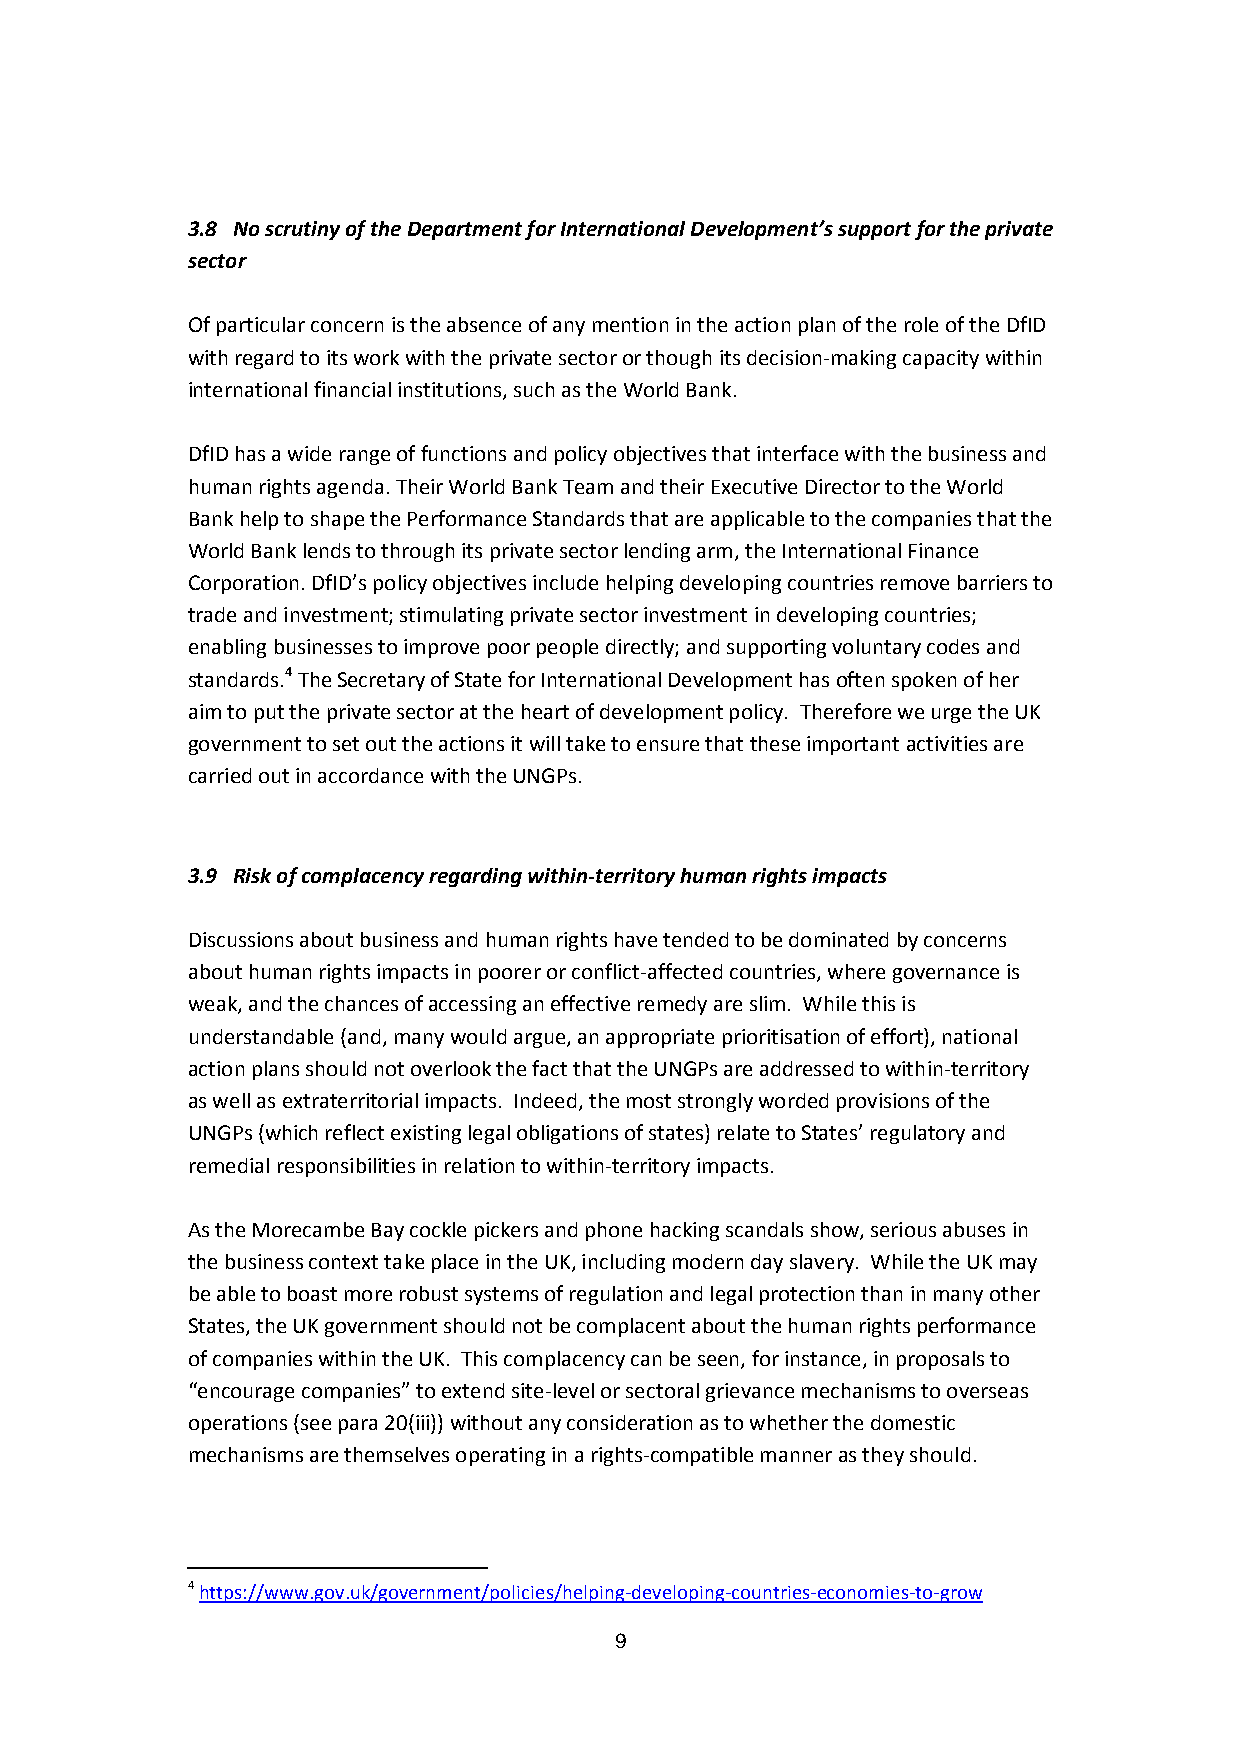
3.8 No scrutiny of the Department for International Development’s support for the private
 sector
 Of particular concern is the absence of any mention in the action plan of the role of the DfID
 with regard to its work with the private sector or though its decision-making capacity within
 international financial institutions, such as the World Bank.
 DfID has a wide range of functions and policy objectives that interface with the business and
 human rights agenda. Their World Bank Team and their Executive Director to the World
 Bank help to shape the Performance Standards that are applicable to the companies that the
 World Bank lends to through its private sector lending arm, the International Finance
 Corporation. DfID’s policy objectives include helping developing countries remove barriers to
 trade and investment; stimulating private sector investment in developing countries;
 enabling businesses to improve poor people directly; and supporting voluntary codes and
 standards.4 The Secretary of State for International Development has often spoken of her
 aim to put the private sector at the heart of development policy. Therefore we urge the UK
 government to set out the actions it will take to ensure that these important activities are
 carried out in accordance with the UNGPs.
 3.9 Risk of complacency regarding within-territory human rights impacts
 Discussions about business and human rights have tended to be dominated by concerns
 about human rights impacts in poorer or conflict-affected countries, where governance is
 weak, and the chances of accessing an effective remedy are slim. While this is
 understandable (and, many would argue, an appropriate prioritisation of effort), national
 action plans should not overlook the fact that the UNGPs are addressed to within-territory
 as well as extraterritorial impacts. Indeed, the most strongly worded provisions of the
 UNGPs (which reflect existing legal obligations of states) relate to States’ regulatory and
 remedial responsibilities in relation to within-territory impacts.
 As the Morecambe Bay cockle pickers and phone hacking scandals show, serious abuses in
 the business context take place in the UK, including modern day slavery. While the UK may
 be able to boast more robust systems of regulation and legal protection than in many other
 States, the UK government should not be complacent about the human rights performance
 of companies within the UK. This complacency can be seen, for instance, in proposals to
 “encourage companies” to extend site-level or sectoral grievance mechanisms to overseas
 operations (see para 20(iii)) without any consideration as to whether the domestic
 mechanisms are themselves operating in a rights-compatible manner as they should.
 4 https://www.gov.uk/government/policies/helping-developing-countries-economies-to-grow
 9